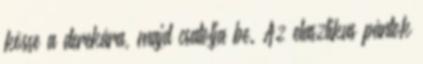
kösse a derekára, majd csatolja be. Az elasztikus pántok